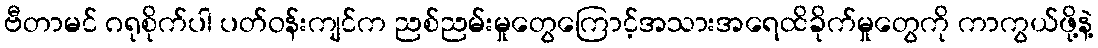
ဗီတာမင် ဂရုစိုက်ပါ ပတ်ဝန်းကျင်က ညစ်ညမ်းမှုတွေကြောင့်အသားအရေထိခိုက်မှုတွေကို ကာကွယ်ဖို့နဲ့